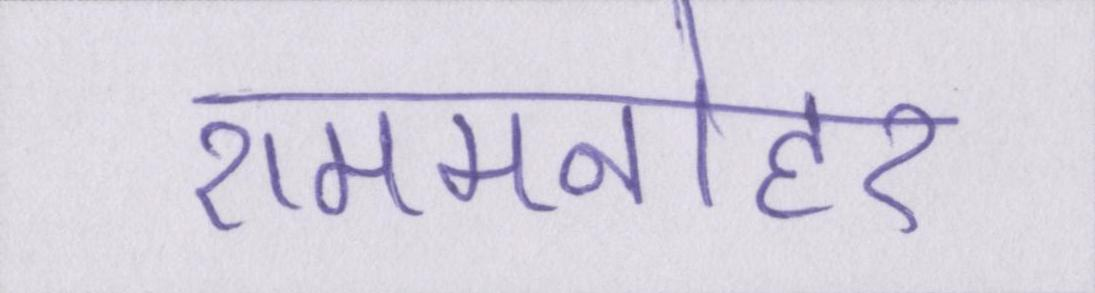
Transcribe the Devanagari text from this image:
राममनोहर